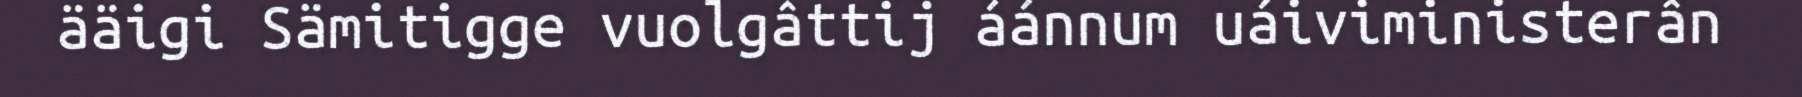
ääigi Sämitigge vuolgâttij áánnum uáiviministerân